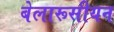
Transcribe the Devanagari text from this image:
बेलारूसीयन